Code of medical and sanitary regulations for the guidance of medical officers serving in the Madras Presidency - Volume I
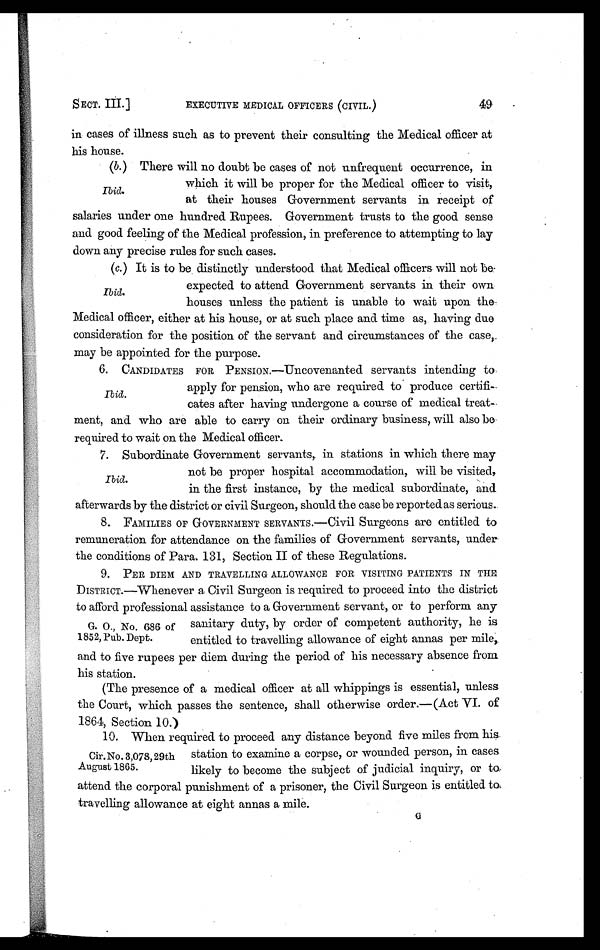
SECT. III.]
EXECUTIVE MEDICAL OFFICERS (CIVIL.)
49
in cases of illness such as to prevent their consulting the Medical officer at
his house.
(b.) There will no doubt be cases of not unfrequent occurrence, in
which it will be proper for the Medical officer to visit,
at their houses Government servants in receipt of
salaries under one hundred Rupees. Government trusts to the good sense
and good feeling of the Medical profession, in preference to attempting to lay
down any precise rules for such
cases.
(c.)It is to be distinctly understood that Medical officers will not be
expected to attend Government servants in their own
houses unless the patient is unable to wait upon the
Medical officer, either at his house, or at such place and time as, having du
e consideration for the position of the servant and circumstances of the case,
may be appointed for the purpose.
6. CANDIDATES FOR PENSION.—Uncovenanted servants intending to
apply for pension, who are required to produce certifi
cates after having undergone a course of medical treat-
ment, and who are able to carry on their ordinary business, will also be
required to wait on the Medical officer
.
7. Subordinate Government servants, in stations in which there may
not be proper hospital accommodation, will be visited,
in the first instance, by the medical subordinate, and
afterwards by the district or civil Surgeon, should the case be reported as serious
.
8. FAMILIES OF GOVERNMENT SERVANTS.—Civil Surgeons are entitled to
remuneration for attendance on the families of Government servants, under
the conditions of Para. 131. Section II of these Regulations.
9. PER DIEM AND TRAVELLING ALLOWANCE FOR VISITING PATIENTS IN THE
DISTRICT.—Whenever a Civil Surgeon is required to proceed into the district
to afford professional assistance to a Government servant, or to perform any
sanitary duty, by order of competent authority, he is
entitled to travelling allowance of eight annas per mile,.
and to five rupees per diem during the period of his necessary absence from
his station.
(The presence of a medical officer at all whippings is essential, unless
the Court, which passes the sentence, shall otherwise order.—(Act VI. of
1864, Se c t i on 10. )
10. When required to proceed any distance beyond five miles from his
station to examine a corpse, or wounded person, in cases
likely to become the subject of judicial inquiry, or to
attend the corporal punishment of a prisoner, the Civil Surgeon is entitled to
travelling allowance at eight annas a mile.
G
Ibid.
Ibid.
Ibid.
G. O., No. 686 of
1852, Pub. Dept.
Cir. No. 3,078, 29th
August 1865.